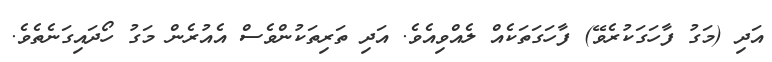
އަދި (މަގު ފާހަގަކުރެވޭ) ފާހަގަތަކެއް ލެއްވިއެވެ. އަދި ތަރިތަކުންވެސް އެއުރެން މަގު ހޯދައިގަނެތެވެ.